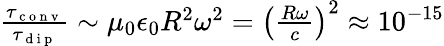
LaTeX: \begin{array}{r}{\frac{\tau_{\mathrm{~c~o~n~v~}}}{\tau_{\mathrm{~d~i~p~}}}\sim\mu_{0}\epsilon_{0}R^{2}\omega^{2}=\left(\frac{R\omega}{c}\right)^{2}\approx 10^{-15}}\end{array}